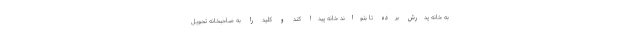
به خانه پدرش برده تا بتواند خانه پیدا کند و کلید را به صاحبخانه تحویل